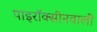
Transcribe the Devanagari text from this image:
पाइरॉक्सीनवाली